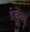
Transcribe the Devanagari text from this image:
ईळवा